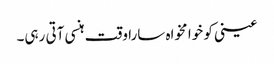
عینی کو خوا مخواہ سارا وقت ہنسی آتی رہی۔